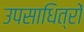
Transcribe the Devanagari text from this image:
उपसाधित्रों